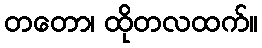
တတော၊ ထိုတလထက်။